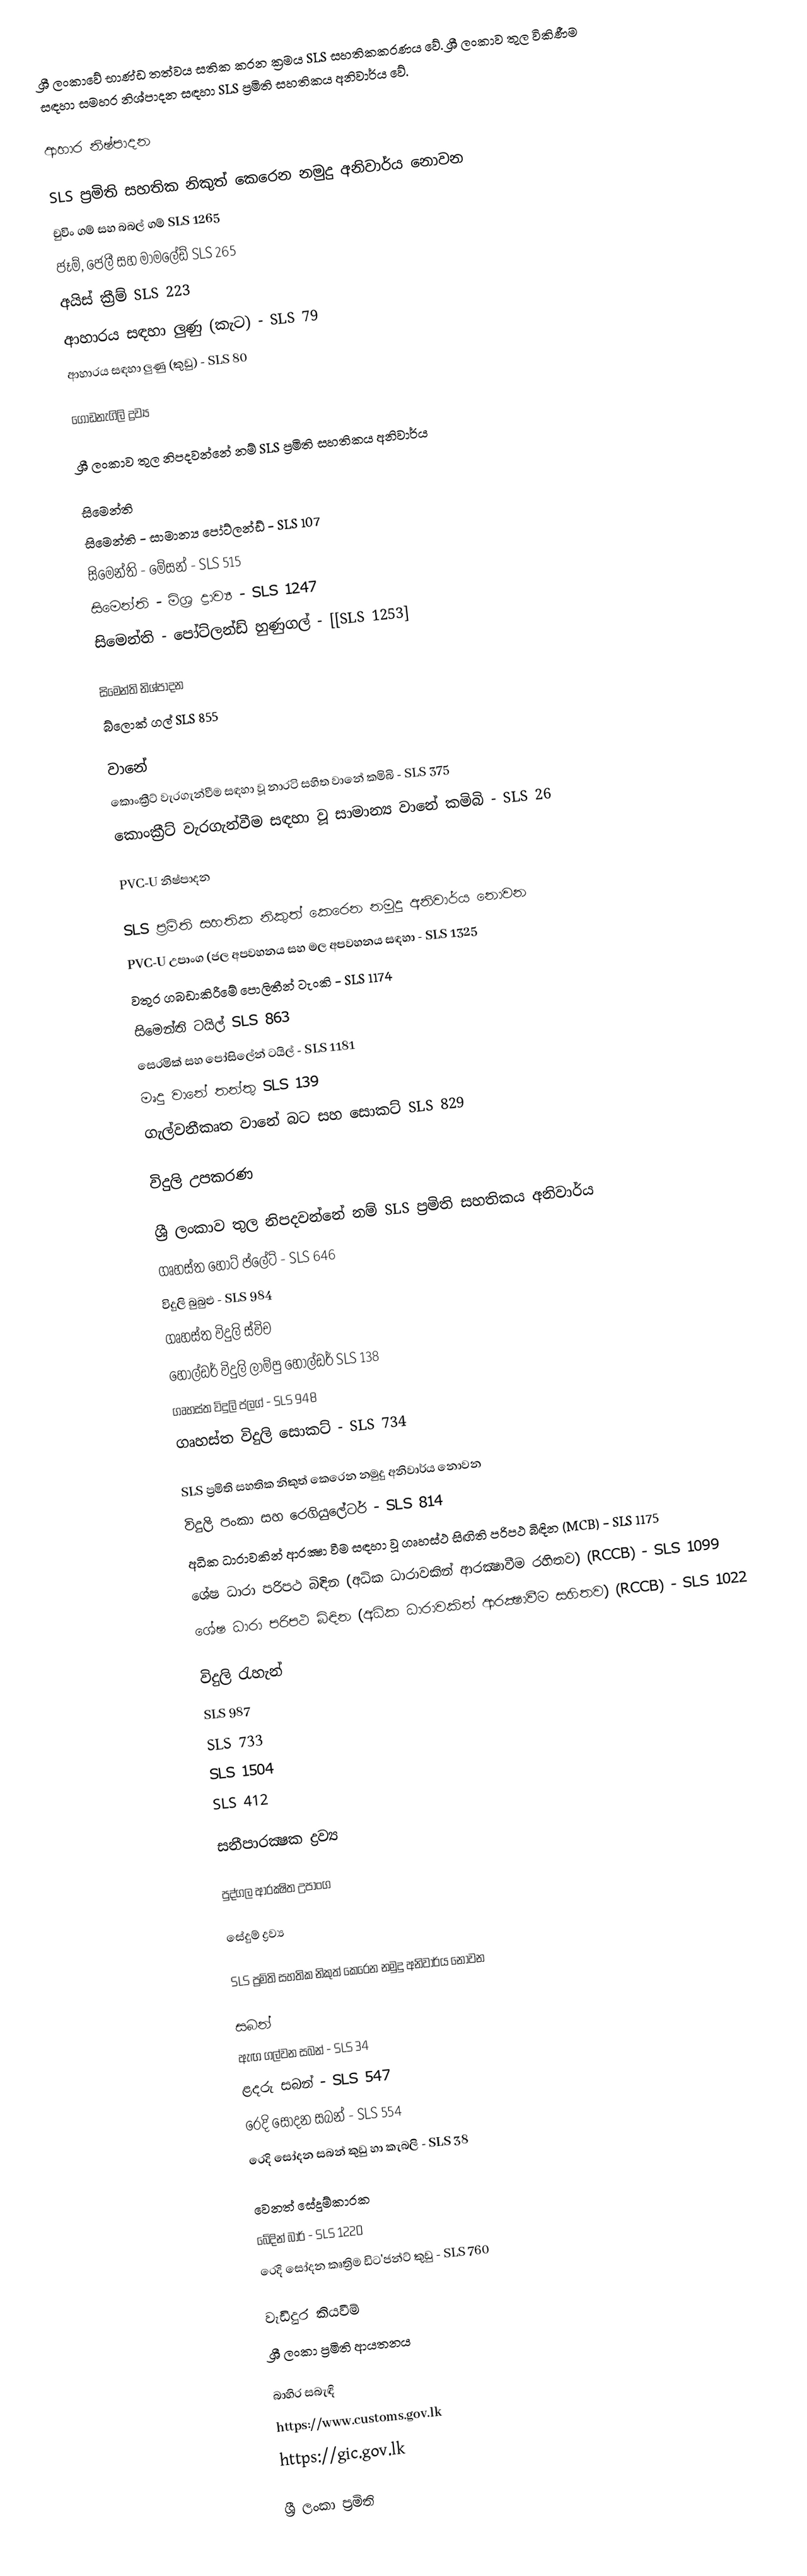
ශ්‍රී ලංකාවේ භාණ්ඩ තත්වය සතික කරන ක්‍රමය SLS සහතිකකරණය වේ. ශ්‍රී ලංකාව තුල විකිණීම සඳහා සමහර නිශ්පාදන සඳහා SLS ප්‍රමිති සහතිකය අනිවාර්ය වේ.

ආහාර නිෂ්පාදන

SLS ප්‍රමිති සහතික නිකුත් කෙරෙන නමුදු අනිවාර්ය නොවන
 චුවිං ගම් සහ බබල් ගම් SLS 1265
 ජෑම්, ජෙලී සහ මාමලේඩ් SLS 265
 අයිස් ක්‍රීම් SLS 223
 ආහාරය සඳහා ලුණු (කැට) - SLS 79
 ආහාරය සඳහා ලුණු (කුඩු) - SLS 80

ගොඩනැගිලි ද්‍රව්‍ය

ශ්‍රී ලංකාව තුල නිපදවන්නේ නම් SLS ප්‍රමිති සහතිකය අනිවාර්ය

සිමෙන්ති
 සිමෙන්ති - සාමාන්‍ය පෝට්ලන්ඩ් - SLS 107
  සිමෙන්ති - මේසන් - SLS 515
  සිමෙන්ති - මිශ්‍ර ද්‍රාව්‍ය  - SLS 1247
  සිමෙන්ති - පෝට්ලන්ඩ් හුණුගල්  - [[SLS 1253]

සිමෙන්ති නිශ්පාදන
 බ්ලොක් ගල් SLS 855

වානේ
 කොංක්‍රීට් වැරගැන්වීම සඳහා වූ නාරටි සහිත වානේ කමිබි - SLS 375
 කොංක්‍රීට් වැරගැන්වීම සඳහා වූ සාමාන්‍ය වානේ කමිබි - SLS 26

PVC-U නිෂ්පාදන

SLS ප්‍රමිති සහතික නිකුත් කෙරෙන නමුදු අනිවාර්ය නොවන
 PVC-U උපාංග (ජල අපවහනය සහ මල අපවහනය සඳහා -  SLS 1325
 වතුර ගබඩාකිරීමේ පොලිතීන් ටැංකි - SLS 1174
 සිමෙන්ති ටයිල් SLS 863
 සෙරමික් සහ පෝසිලේන් ටයිල් -  SLS 1181
 මෘදු වානේ තන්තු SLS 139
 ගැල්වනීකෘත වානේ බට සහ සොකට් SLS 829

විදුලි උපකරණ

ශ්‍රී ලංකාව තුල නිපදවන්නේ නම් SLS ප්‍රමිති සහතිකය අනිවාර්ය
 ගෘහස්ත හොට් ප්ලේට් - SLS 646
 විදුලි බුබුළු - SLS 984
 ගෘහස්ත විදුලි ස්විච
 හෝල්ඩර් විදුලි ලාම්පු හෝල්ඩර් SLS 138
 ගෘහස්ත විදුලි ප්ලග් - SLS 948
 ගෘහස්ත විදුලි සොකට් - SLS 734

SLS ප්‍රමිති සහතික නිකුත් කෙරෙන නමුදු අනිවාර්ය නොවන
 විදුලි පංකා සහ රෙගියුලේටර් - SLS 814
 අධික ධාරාවකින් ආරක්‍ෂා වීම සඳහා වූ  ගෘහස්ථ සිඟිති පරිපථ බිඳින   (MCB) - SLS 1175
 ශේෂ ධාරා පරිපථ බිඳින (අධික ධාරාවකින් ආරක්‍ෂාවීම රහිතව)   (RCCB) - SLS 1099
 ශේෂ ධාරා පරිපථ බිඳින (අධික ධාරාවකින් ආරක්‍ෂාවීම සහිතව)   (RCCB) - SLS 1022

විදුලි රැහැන්
 SLS 987
 SLS 733
 SLS 1504
 SLS 412

සනීපාරක්‍ෂක ද්‍රව්‍ය

පුද්ගල ආරක්‍ෂිත උපාංග

සේදුම් ද්‍රව්‍ය

SLS ප්‍රමිති සහතික නිකුත් කෙරෙන නමුදු අනිවාර්ය නොවන

සබන්
 ඇඟ ගල්වන සබන් - SLS 34
 ළදරු සබන් - SLS 547
 රෙදි  සෝදන සබන් - SLS 554
 රෙදි  සෝදන සබන් කුඩු හා කැබලි - SLS 38

වෙනත් සේදුම්කාරක
 බේදින් බාර් - SLS 1220
 රෙදි  සෝදන කෘත්‍රිම ඩිට'ජන්ට් කුඩු - SLS 760

වැඩිදුර කියවීම්
 ශ්‍රී ලංකා ප්‍රමිති ආයතනය

බාහිර සබැඳි
 https://www.customs.gov.lk
 https://gic.gov.lk

ශ්‍රී ලංකා ප්‍රමිති